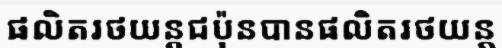
ផលិតរថយន្តជប៉ុនបានផលិតរថយន្ត